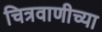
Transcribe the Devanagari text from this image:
चित्रवाणीच्या